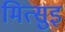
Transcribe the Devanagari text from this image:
मित्सुइ